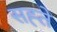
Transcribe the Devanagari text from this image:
सह्ते